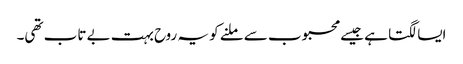
ایسا لگتا ہے جیسے محبوب سے ملنے کو یہ روح بہت بے تاب تھی۔